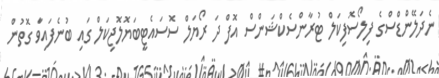
ނެދަލޭންޑްސްގެ ފިލޯސޮފިކަލް ޓުރާންސެކްޝަންސް އޮފް ދަ ރޯޔަލް ސޮސައެޓީބަޔޮލޮޖިކަލް ގައި ބުނެފައިވަާ ގޮތުން